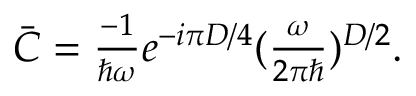
\begin{array} { r } { \bar { C } = \frac { - 1 } { \hbar \omega } e ^ { - i { \pi D } / { 4 } } ( \frac { \omega } { 2 \pi \hbar } ) ^ { { D } / { 2 } } . } \end{array}